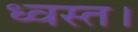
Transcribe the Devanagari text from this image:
ध्वस्त।